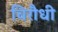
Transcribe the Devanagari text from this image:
विरौधी